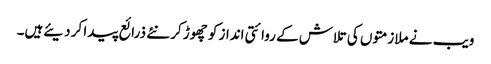
ویب نے ملازمتوں کی تلاش کے روائتی انداز کو چھوڑ کر نئے ذرائع پیدا کر دیئےہیں۔